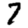
Digit: 7